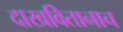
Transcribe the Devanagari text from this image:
दाखवितानाच